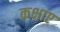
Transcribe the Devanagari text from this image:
कक्षाए